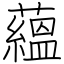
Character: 蘊